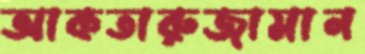
আকতারুজামান